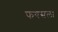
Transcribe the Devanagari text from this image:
फयसला